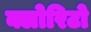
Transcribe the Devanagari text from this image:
क्लोरिटो